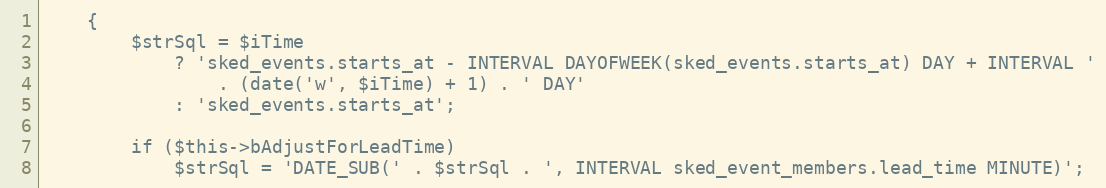
Language: PHP
    {
        $strSql = $iTime
            ? 'sked_events.starts_at - INTERVAL DAYOFWEEK(sked_events.starts_at) DAY + INTERVAL '
                . (date('w', $iTime) + 1) . ' DAY'
            : 'sked_events.starts_at';

        if ($this->bAdjustForLeadTime)
            $strSql = 'DATE_SUB(' . $strSql . ', INTERVAL sked_event_members.lead_time MINUTE)';